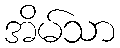
အိမ်သာ